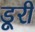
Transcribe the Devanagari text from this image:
डूरी